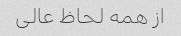
از همه لحاظ عالی